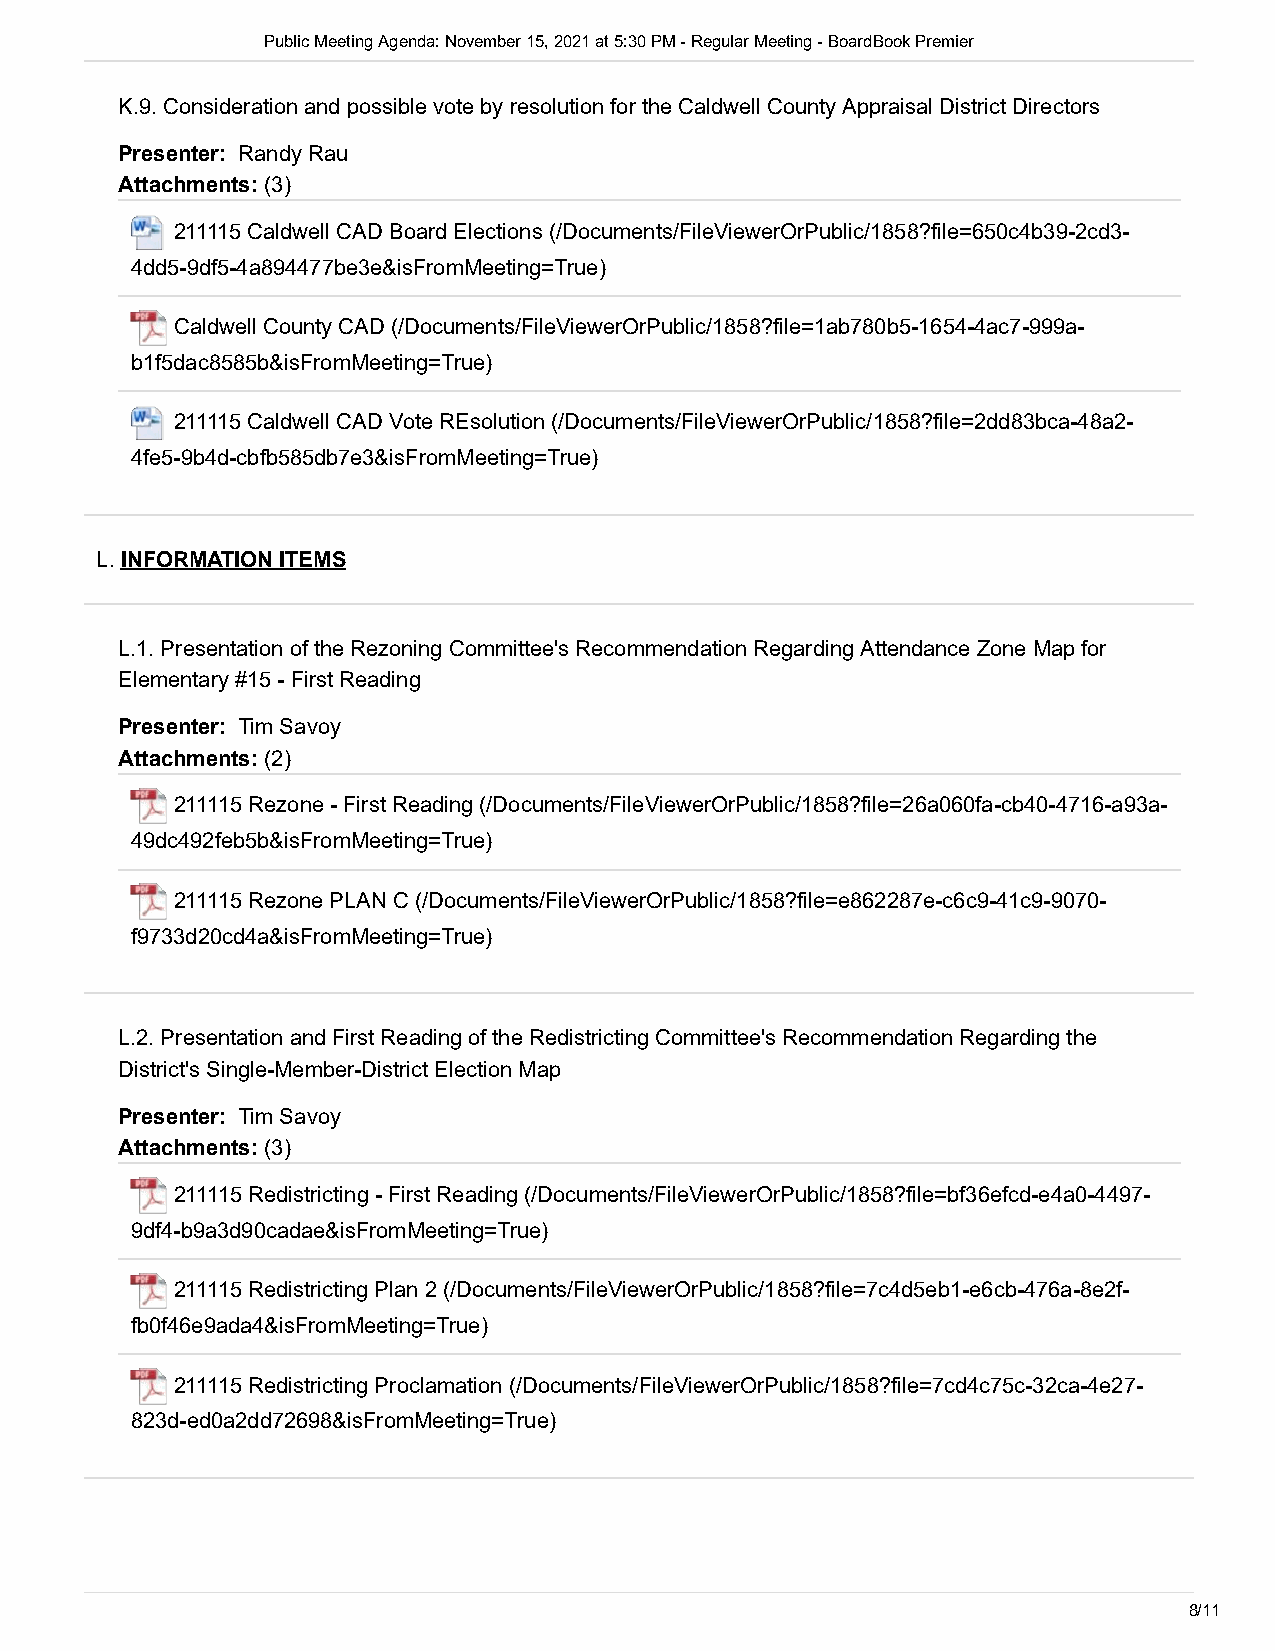
Public Meeting Agenda: November 15, 2021 at 5:30 PM - Regular Meeting - BoardBook Premier
 K.9. Consideration and possible vote by resolution for the Caldwell County Appraisal District Directors
 Presenter: Randy Rau
 Attachments: (3)
 211115 Caldwell CAD Board Elections (/Documents/FileViewerOrPublic/1858?file=650c4b39-2cd3-
 4dd5-9df5-4a894477be3e&isFromMeeting=True)
 Caldwell County CAD (/Documents/FileViewerOrPublic/1858?file=1ab780b5-1654-4ac7-999a-
 b1f5dac8585b&isFromMeeting=True)
 211115 Caldwell CAD Vote REsolution (/Documents/FileViewerOrPublic/1858?file=2dd83bca-48a2-
 4fe5-9b4d-cbfb585db7e3&isFromMeeting=True)
 L.INFORMATION ITEMS
 L.1. Presentation of the Rezoning Committee's Recommendation Regarding Attendance Zone Map for
 Elementary #15 - First Reading
 Presenter: Tim Savoy
 Attachments: (2)
 211115 Rezone - First Reading (/Documents/FileViewerOrPublic/1858?file=26a060fa-cb40-4716-a93a-
 49dc492feb5b&isFromMeeting=True)
 211115 Rezone PLAN C (/Documents/FileViewerOrPublic/1858?file=e862287e-c6c9-41c9-9070-
 f9733d20cd4a&isFromMeeting=True)
 L.2. Presentation and First Reading of the Redistricting Committee's Recommendation Regarding the
 District's Single-Member-District Election Map
 Presenter: Tim Savoy
 Attachments: (3)
 211115 Redistricting - First Reading (/Documents/FileViewerOrPublic/1858?file=bf36efcd-e4a0-4497-
 9df4-b9a3d90cadae&isFromMeeting=True)
 211115 Redistricting Plan 2 (/Documents/FileViewerOrPublic/1858?file=7c4d5eb1-e6cb-476a-8e2f-
 fb0f46e9ada4&isFromMeeting=True)
 211115 Redistricting Proclamation (/Documents/FileViewerOrPublic/1858?file=7cd4c75c-32ca-4e27-
 823d-ed0a2dd72698&isFromMeeting=True)
 8/11